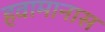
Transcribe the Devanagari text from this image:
हवामानास